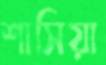
শাসিয়া